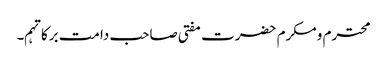
محترم ومکرم حضرت مفتی صاحب دامت برکاتہم۔